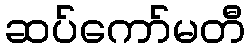
ဆပ်ကော်မတီ